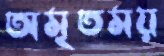
অমৃতময়